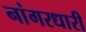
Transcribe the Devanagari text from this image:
नांगरधारी